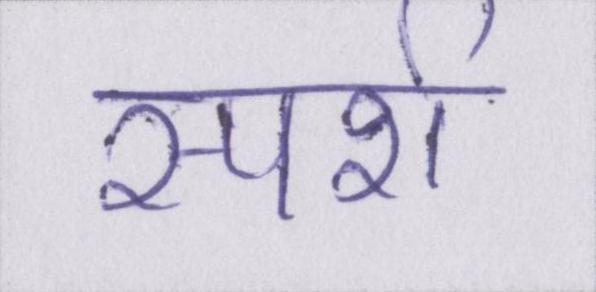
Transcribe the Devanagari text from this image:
स्पर्श